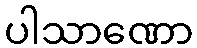
ပါသာဏော